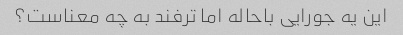
این یه جورایی باحاله اما ترفند به چه معناست؟